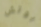
بوتش